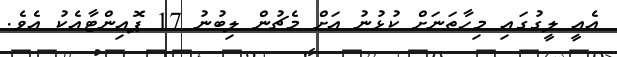
އެއީ ލީގުގައި މިހާތަނަށް ކުޅުނު އަށް މެޗުން ލިބުނު 17 ޕޮއިންޓާއެކު އެވެ.